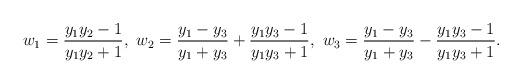
LaTeX: \begin{align*} w_1=\frac{y_1y_2-1}{y_1y_2+1},\ w_2=\frac{y_1-y_3}{y_1+y_3}+\frac{y_1y_3-1}{y_1y_3+1},\ w_3=\frac{y_1-y_3}{y_1+y_3}-\frac{y_1y_3-1}{y_1y_3+1}. \end{align*}